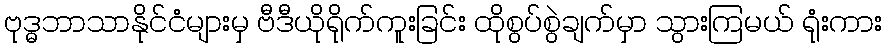
ဗုဒ္ဓဘာသာနိုင်ငံများမှ ဗီဒီယိုရိုက်ကူးခြင်း ထိုစွပ်စွဲချက်မှာ သွားကြမယ် ရုံးကား